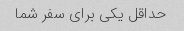
حداقل یکی برای سفر شما